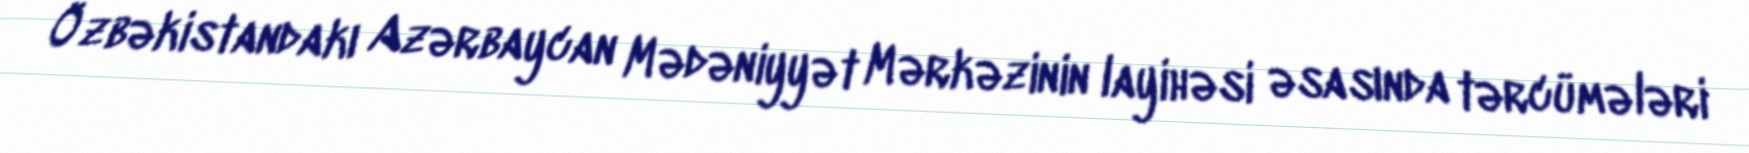
Özbəkistandakı Azərbaycan Mədəniyyət Mərkəzinin layihəsi əsasında tərcümələri